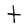
Character: t